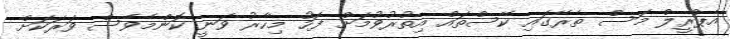
އެޕްރީލް މަސް ތެރޭގައި ކޭސްތައް އިތުރުވުމަށް ފަހު މިހާރު ވަނީ ކޮންމެވެސް ވަރަކަށް